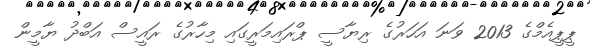
ޕީޕީއެމްގެ 2013 ވަނަ އަހަރުގެ ރިޔާސީ ޕްރައިމަރީގައި މިހާރުގެ ރައީސް އަބްދު ޔާމީން